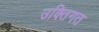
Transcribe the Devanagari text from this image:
उक्तिगत